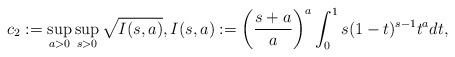
\begin{align*}c_2:=\sup_{a > 0}\sup_{s > 0}\sqrt{ I(s, a) },I(s, a):=\left(\frac{ s + a }{ a }\right)^a\int_0^1 s (1 - t)^{s-1} t^{a} dt,\end{align*}